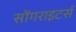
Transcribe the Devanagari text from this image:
सोंगराइटर्स